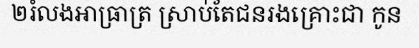
២រំលងអាធ្រាត្រ ស្រាប់តែជនរងគ្រោះជា កូន